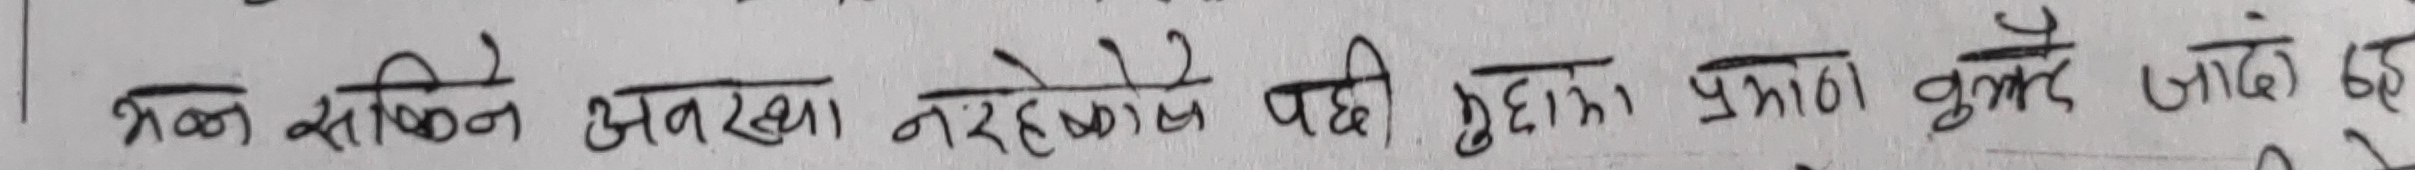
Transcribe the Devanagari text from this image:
भिन्न सकिने अनरेखा नरहेकोले पछि मुद्दाको प्रभाब खुम्चदै जाँदै छ